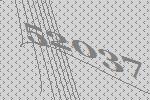
52037